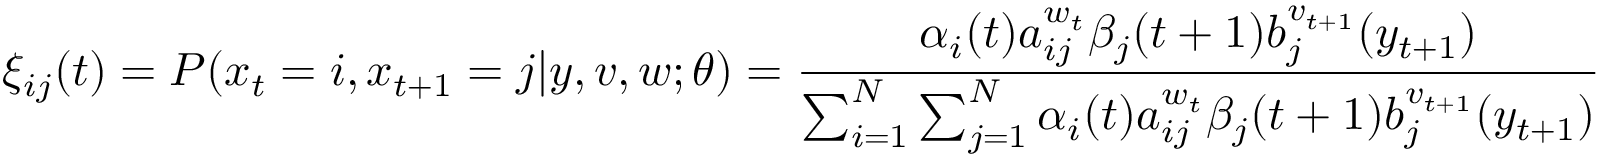
\xi _ { i j } ( t ) = P ( x _ { t } = i , x _ { t + 1 } = j | y , v , w ; \theta ) = { \frac { \alpha _ { i } ( t ) a _ { i j } ^ { w _ { t } } \beta _ { j } ( t + 1 ) b _ { j } ^ { v _ { t + 1 } } ( y _ { t + 1 } ) } { \sum _ { i = 1 } ^ { N } \sum _ { j = 1 } ^ { N } \alpha _ { i } ( t ) a _ { i j } ^ { w _ { t } } \beta _ { j } ( t + 1 ) b _ { j } ^ { v _ { t + 1 } } ( y _ { t + 1 } ) } }